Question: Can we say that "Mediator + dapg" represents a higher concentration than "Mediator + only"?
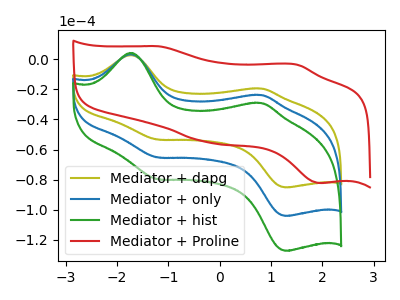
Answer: <think>The olive curve "Mediator + dapg" has anodic peaks at (-1.75V, 2.85uA) (0.80V, -19.45uA) and cathodic peaks at (-1.20V, -53.40uA) (1.30V, -85.15uA). The blue curve "Mediator + only" has anodic peaks at (-1.75V, 3.45uA) (0.80V, -23.75uA) and cathodic peaks at (-1.20V, -65.30uA) (1.30V, -104.15uA). The green curve "Mediator + hist" has anodic peaks at (-1.75V, 6.95uA) (0.80V, -47.55uA) and cathodic peaks at (-1.20V, -130.55uA) (1.30V, -208.25uA). The red curve "Mediator + Proline" has anodic peaks at (-1.20V, 8.65uA) (1.50V, -3.50uA) and cathodic peaks at (-0.20V, -55.35uA) (2.00V, -82.30uA).
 All the peaks in "Mediator + dapg" have a peak in "Mediator + only" at the same potential.</think>
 <answer>I cant tell if "Mediator + dapg" or "Mediator + only" has higher concentration.</answer>
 <eval>mixed_concentration</eval>